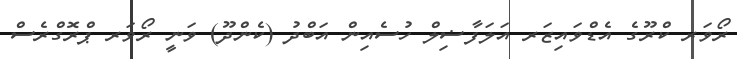
ރޯވަރ ކްރޫގެ އެޑްވައިޒަރ އަލަފާޟިލް ހުސެއިން އަބްދު (ކެންދޫ) ވަނީ ރޯވަރ ޕްރޮގްރެސް